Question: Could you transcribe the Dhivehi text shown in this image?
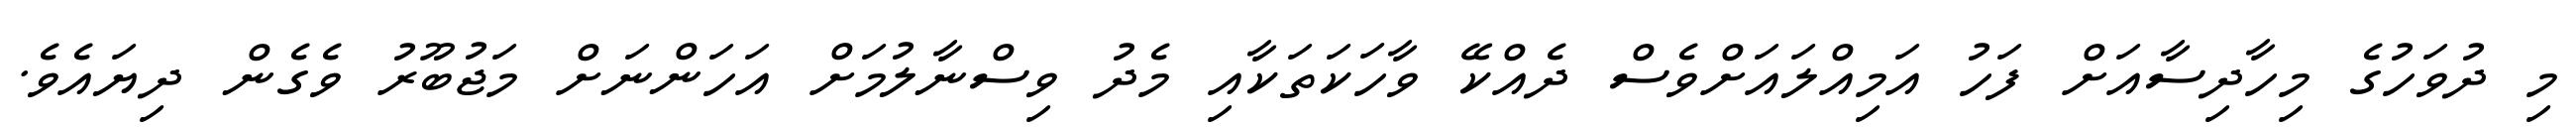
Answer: މި ދުވަހުގެ މިހާދިސާއަށް ފަހު އަމިއްލައަށްވެސް ދެއްކޭ ވާހަކަތަކާއި މެދު ވިސްނާލުމަށް އަހަންނަށް މަޖުބޫރު ވެގެން ދިޔައެވެ.